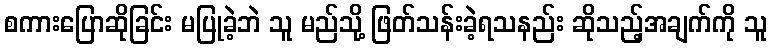
စကားပြောဆိုခြင်း မပြုခဲ့ဘဲ သူ မည်သို့ ဖြတ်သန်းခဲ့ရသနည်း ဆိုသည့်အချက်ကို သူ